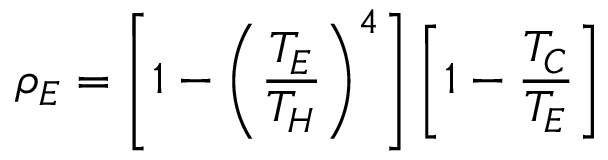
\rho _ { E } = \left[ 1 - \left( \frac { T _ { E } } { T _ { H } } \right) ^ { 4 } \right] \left[ 1 - \frac { T _ { C } } { T _ { E } } \right]